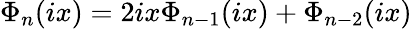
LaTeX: \Phi_{n}(ix)=2ix\Phi_{n-1}(ix)+\Phi_{n-2}(ix)